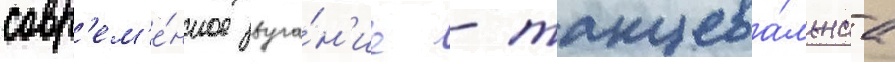
совр'ем'е́нное звуча́н'ие - танцева́льнаа